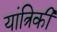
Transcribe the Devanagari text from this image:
यांत्रिकी